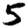
Digit: 5